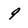
Character: 9